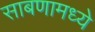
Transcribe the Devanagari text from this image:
साबणामध्ये